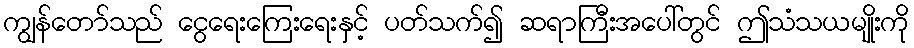
ကျွန်တော်သည် ငွေရေးကြေးရေးနှင့် ပတ်သက်၍ ဆရာကြီးအပေါ်တွင် ဤသံသယမျိုးကို